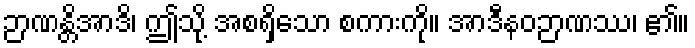
ဉာဏန္တိအာဒိ၊ ဤသို့ အစရှိသော စကားကို။ အာဒီနဝဉာဏဿ၊ ၏။